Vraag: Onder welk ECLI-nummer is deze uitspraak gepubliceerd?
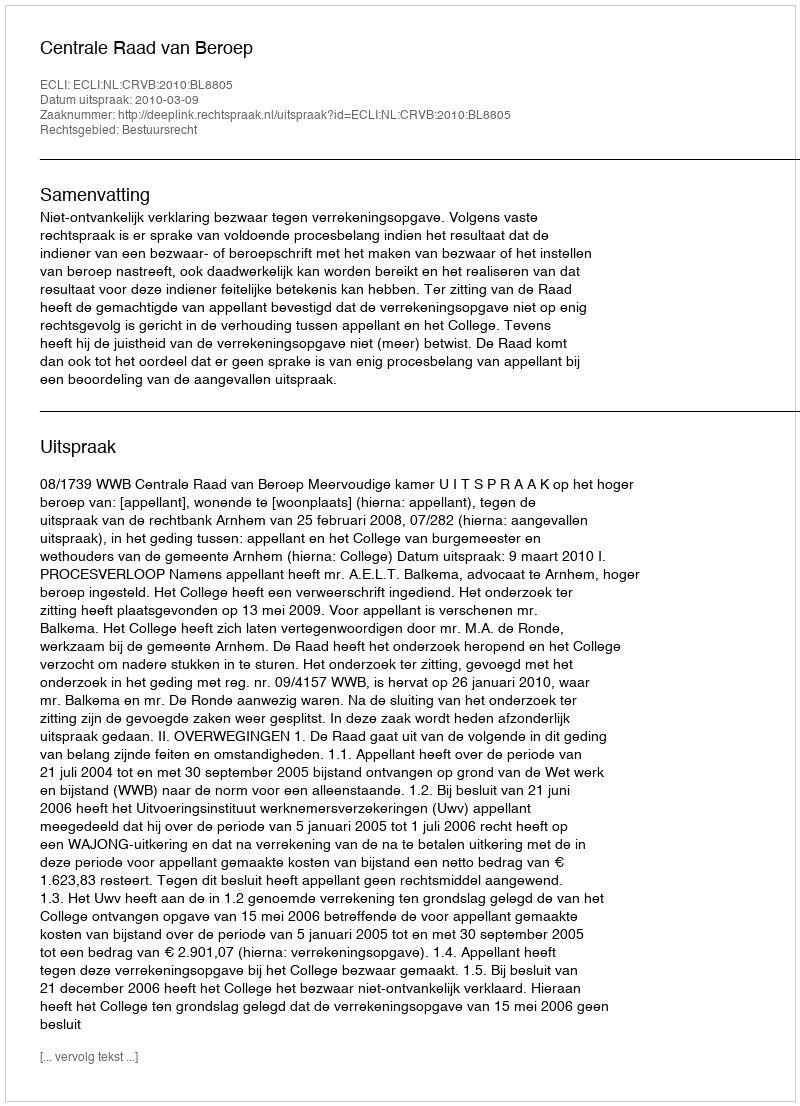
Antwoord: ECLI:NL:CRVB:2010:BL8805